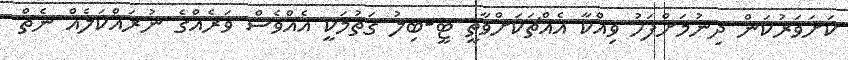
ކަށަވަރުކަން ދިނުމަށްފަހު ވިއްކާ އެއްޗަކަށްވާތީ ޓީ-ބިލު ގަތުމަކީ އެއްވެސް ވަރެއްގެ ނުރައްކަލެއް ނެތް